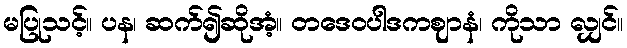
မပြုသင့်။ ပန၊ ဆက်၍ဆိုအံ့။ တဒေဝပါဒကဈာနံ၊ ကိုသာ လျှင်။